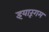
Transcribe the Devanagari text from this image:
इयारूंगम